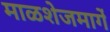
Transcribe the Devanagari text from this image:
माळशेजमार्गे